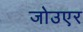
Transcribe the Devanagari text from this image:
जोउएर